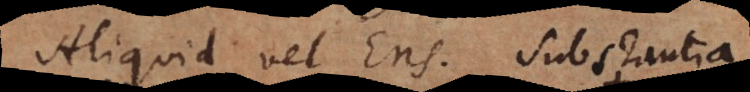
Aliquid vel Ens. Substantia.